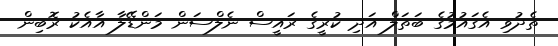
ތެދުވި އެގައުމުގެ ބަތަލް އަދި ކުރީގެ ރައީސް ނެލްސަން މަންޑޭލާ އާއެކު ރޮބިން